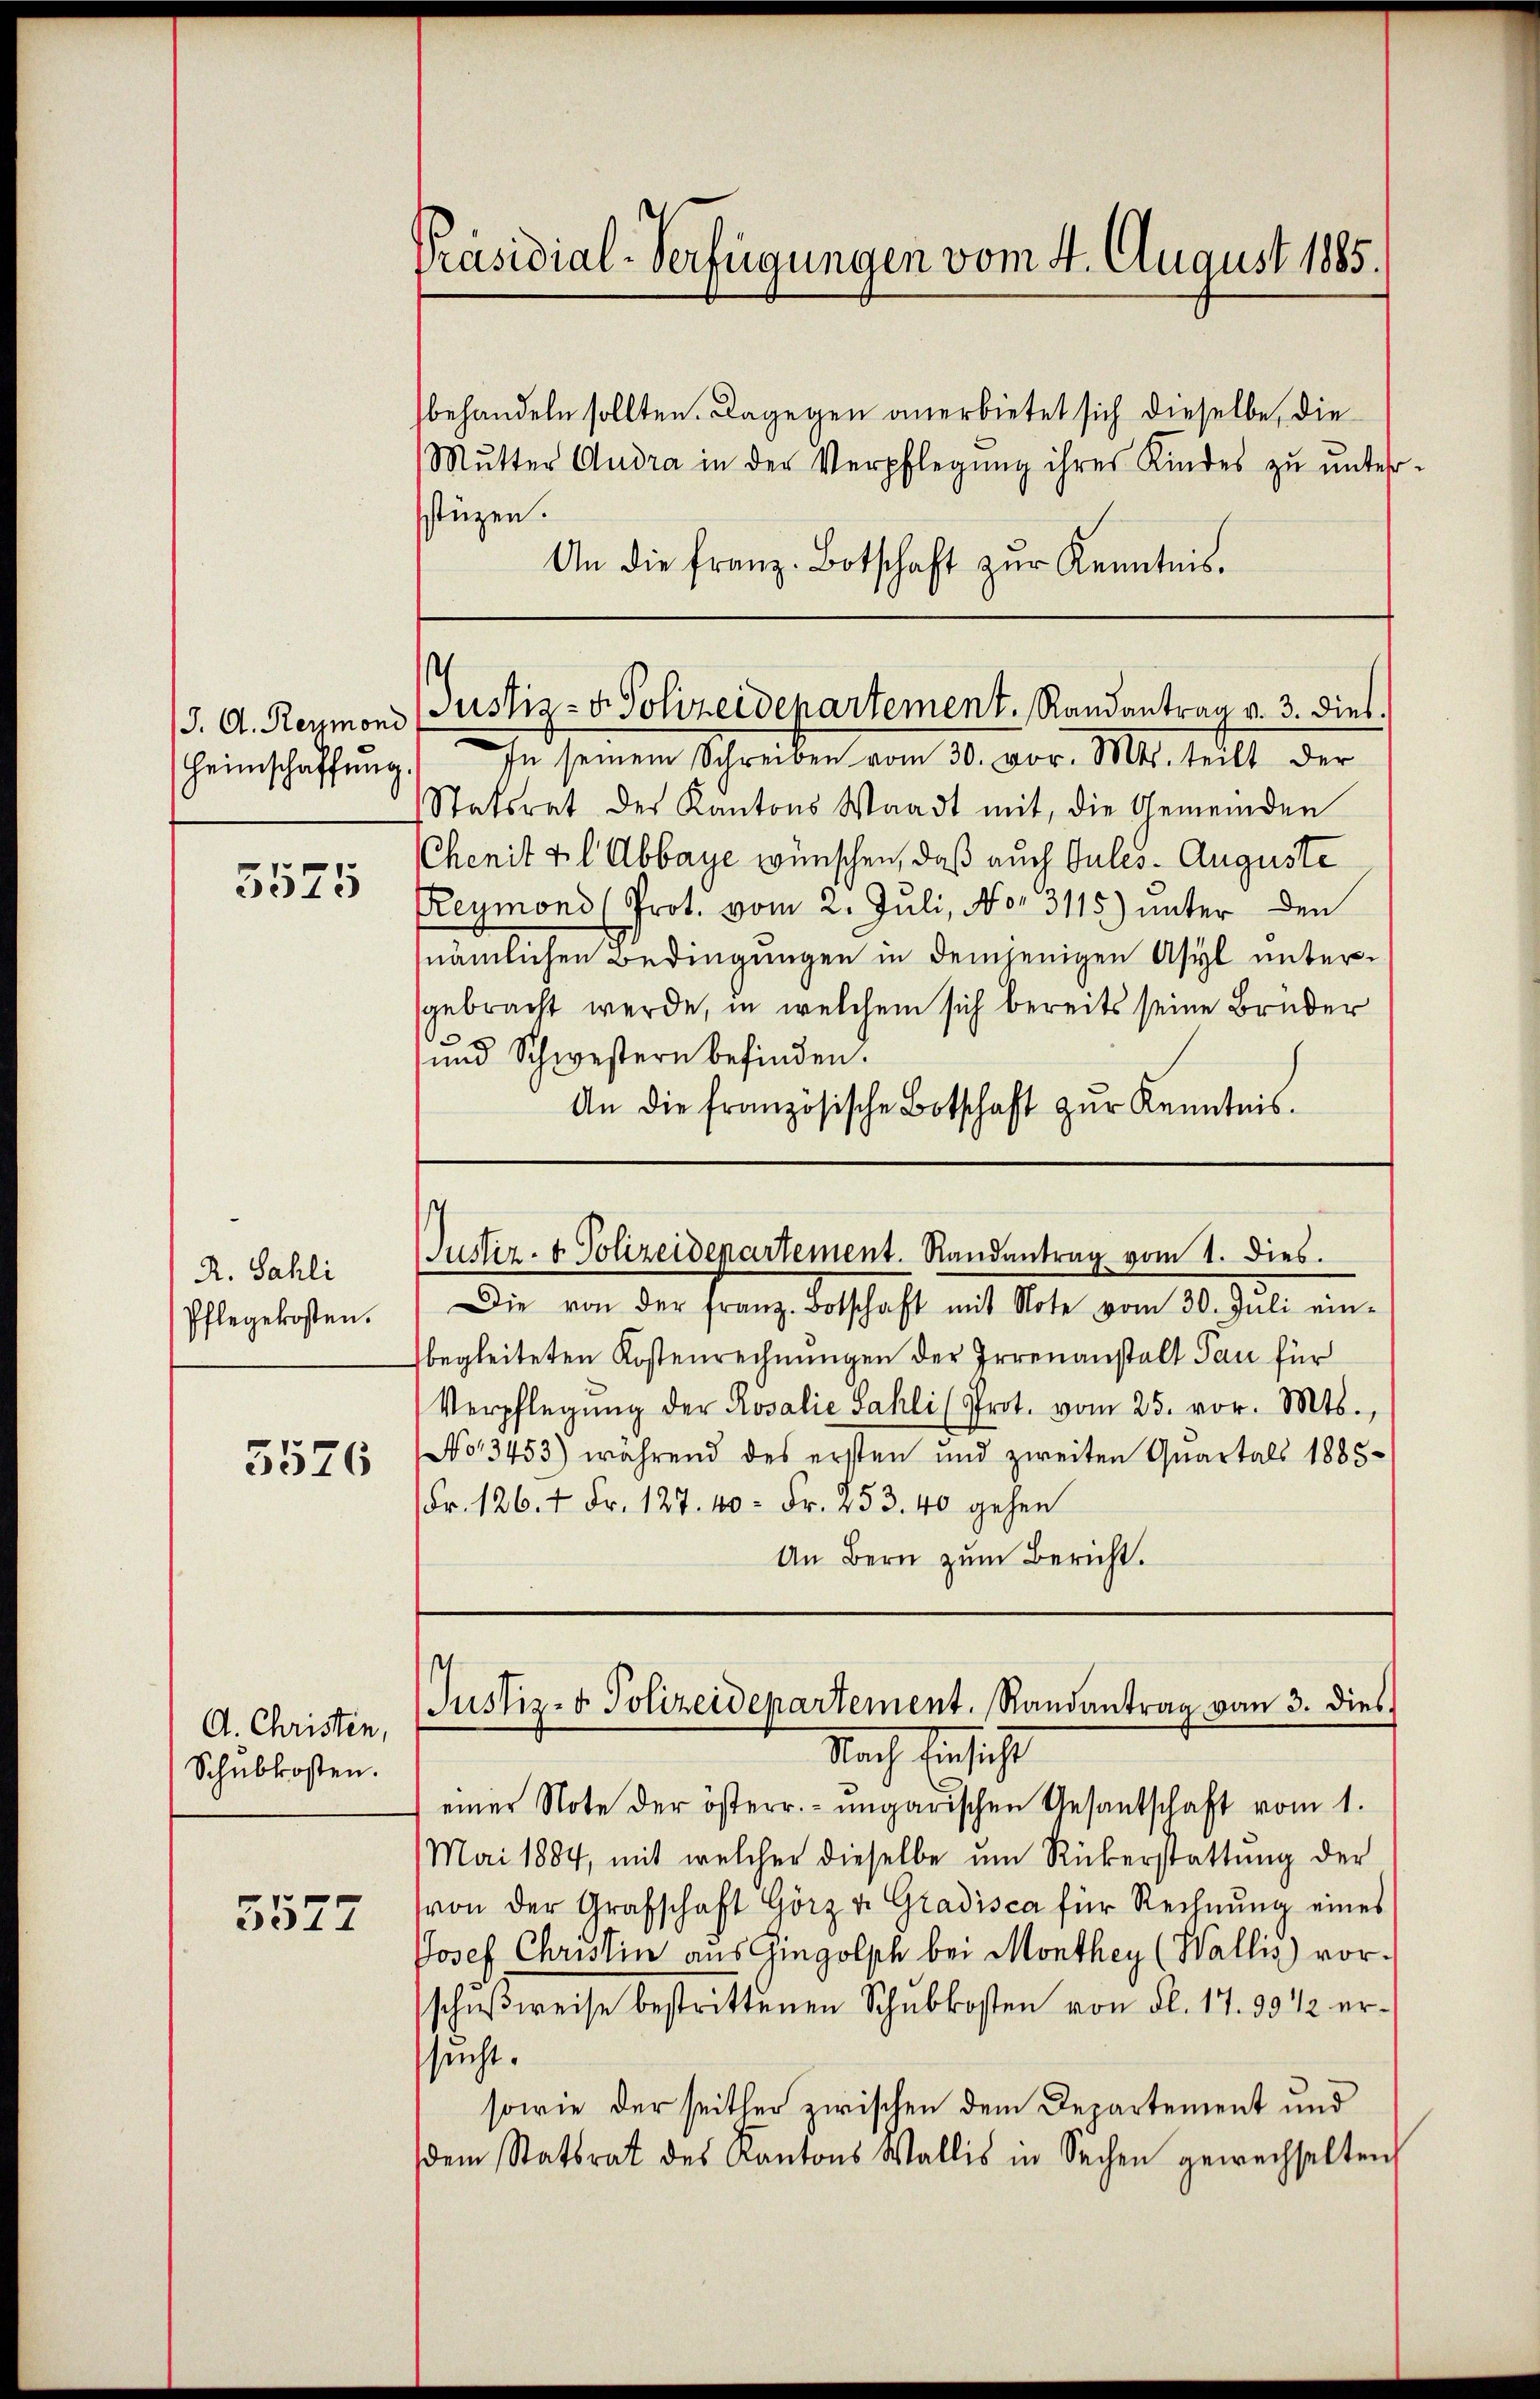
J. D. Reumond
Heimschaffung.

5525

R. Sahli
Pflegekosten.

5526

d. Christen,
Schubkosten.

5527

Präsidial-Verfügungen vom 4. August 1885.

behandeln sollten. Dagegen anerbietet sich dieselbe, die
Mŭtter Audra in der Verpflegŭng ihres Kindes zŭ ŭnter-
stüzen.
An die franz. Botschaft zŭr Kenntnis.

Justiz- & Polizeidepartement. Randantrag v. 3. dies.

In seinem Schreiben vom 30. vor. Mts. teilt der
Statsrat des Kantons Waadt mit, die Gemeinden
Chenit vil Abbaye wünschen, daß auch Gutes. Auguste
Reymond (Prot. vom 2. Juli, No. 3115) unter den
nämlichen Bedingungen in demjenigen Asyl untergebracht werde, in welchem sich bereits seine Brüder
und Schwestern befinden.
An die französische Botschaft zŭr Kenntnis.

Justiz- & Polizeidenartement. Randantrag vom 1. dies.

Die von der franz. Botschaft mit Note vom 30. Juli ein-
begleiteten Kostenrechnungen der Irrenanstalt Pau für
Verpflegung der Rosalie Sahli (Prot. vom 25. vor. Mts.,
No 13453) während des ersten und zweiten Quartals 1885
Fr. 126. 7 Fr. 127. 40 - Fr. 253. 40 gehen
An Bern zum Bericht.

Justiz- & Polizeidepartement. Randantrag vom 3. dies

Nach Einsicht
einer Note der österr. ungarischen Gesantschaft vom 1.
Mai 1884, mit welcher dieselbe um Rükerstattung der
von der Grafschaft Görz v. Gradisca für Rechnung eines
Josef Christin aus Gingolph bei Monthey (Wallis) vor.
schŭβweise bestrittenen Schubkosten von Fl. 17. 3012 ersucht.
sowie der seither zwischen dem Departement und
dem Statsrat des Kantons Wallis in Sachen gewechselten